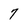
Character: 7